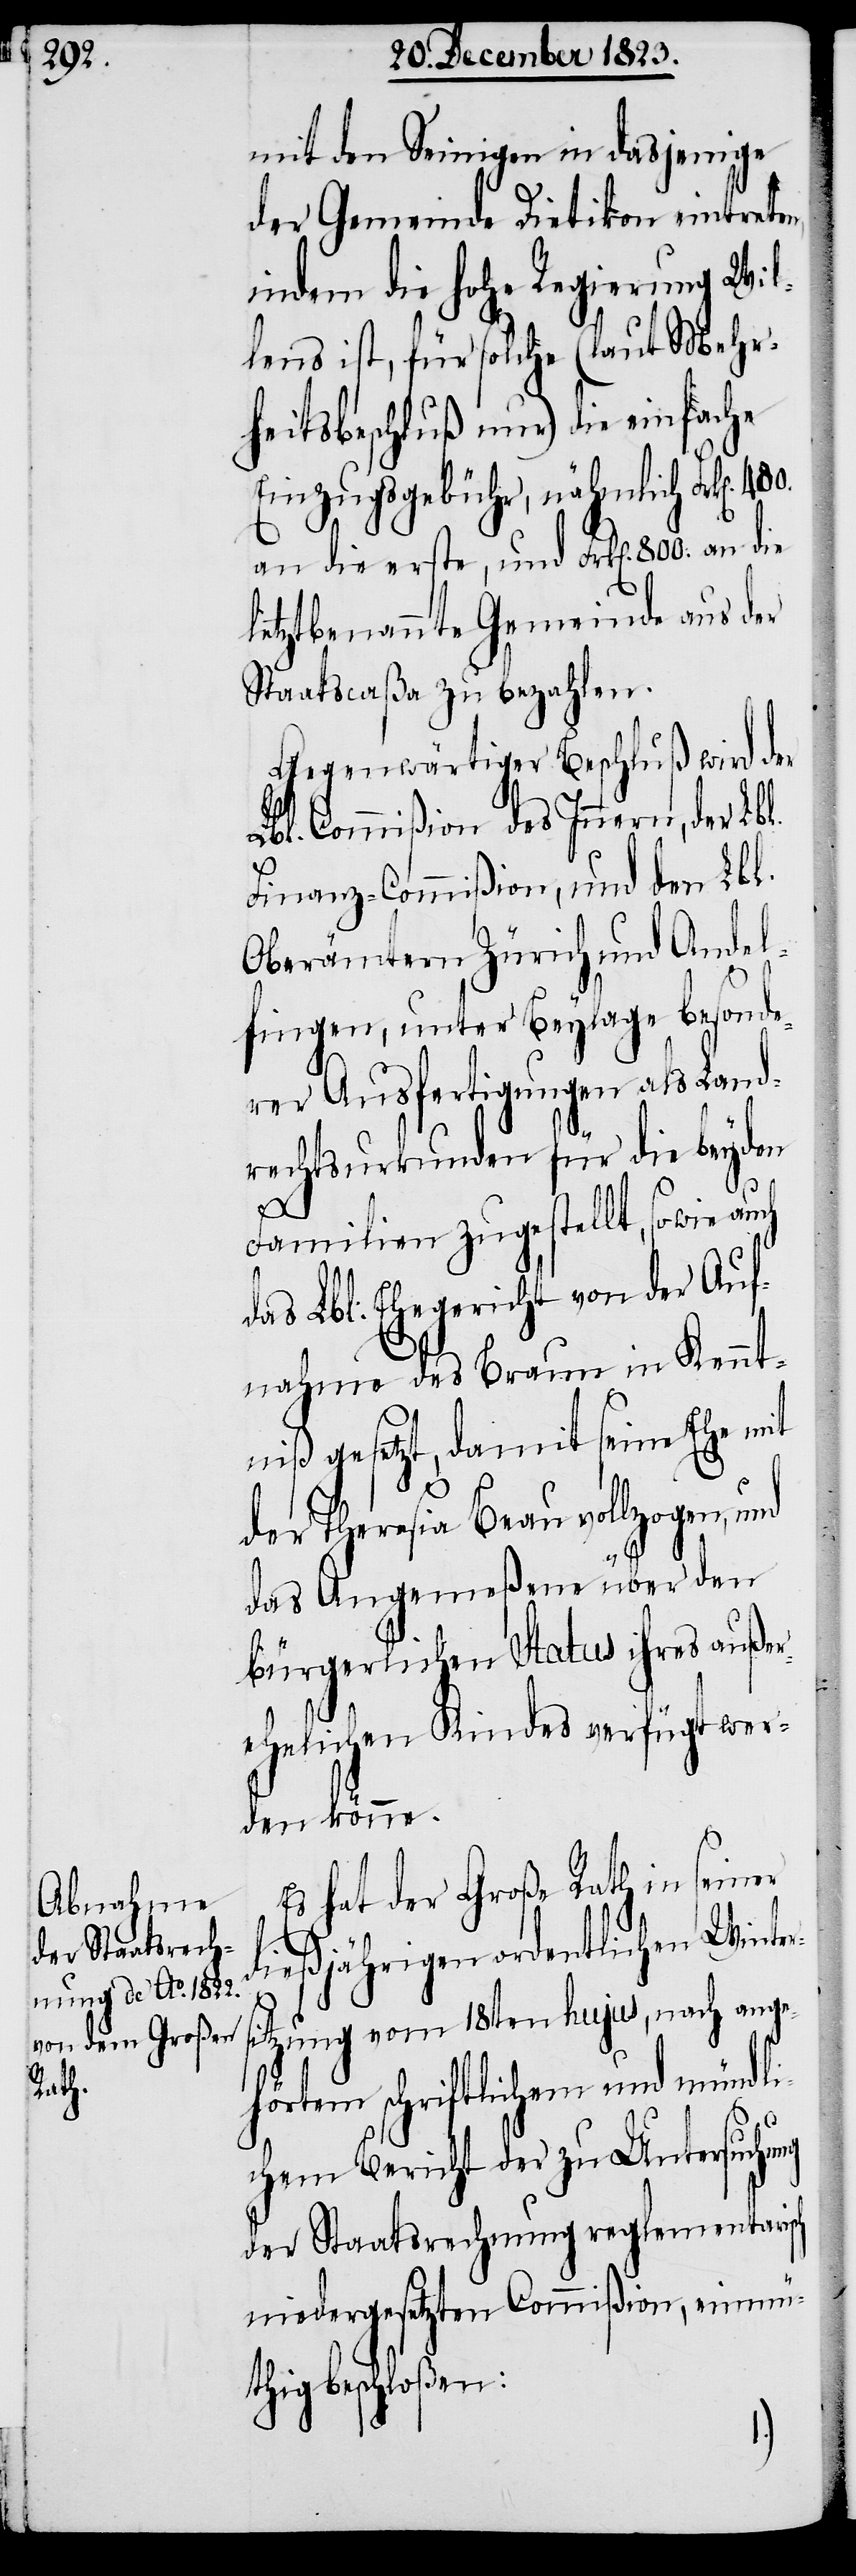
mit den Seinigen in dasjenige
der Gemeinde Dietikon eintreten,
indem die hohe Regierung Wil¬
lens ist, für solche (laut Mehr¬
heitsbeschluß nur) die einfache
Einzugsgebühr, nähmlich Frk[en].
an die erste, und Frk[en]. 800.
letztbenannte Gemeinde aus der
Staatscaßa zu bezahlen.
Gegenwärtiger Beschluß wird der
Lbl. Commißion des Innern, der Lbl.
Finanz-Commißion, und den Lbl.
Oberämtern Zürich und Andel¬
fingen, unter Beylage besonde¬
rer Ausfertigungen als Land¬
rechtsurkunden für die beyden
480.
Familien zugestellt, sowie a¬
das Lbl. Ehegericht von der Auf¬
nahme des Braun in Kennt¬
niß gesetzt, damit seine Ehe mit
der Theresia Beau vollzogen, und
das Angemeßene über den
bürgerlichen Status ihres außer¬
ehelichen Kindes verfügt wer¬
den könne.
Es hat der Große Rath in seiner
dießjährigen ordentlichen Winter¬
tzung vom 18ten hujus, nach ang¬
ehörtem schriftlichem und mündli¬
sch
chem Bericht der zu Untersuc¬
der Staatsrechnung reglementari¬
niedergesetzten Commißion, einmü¬
thig beschloßen: